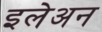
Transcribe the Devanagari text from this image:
इलेअन